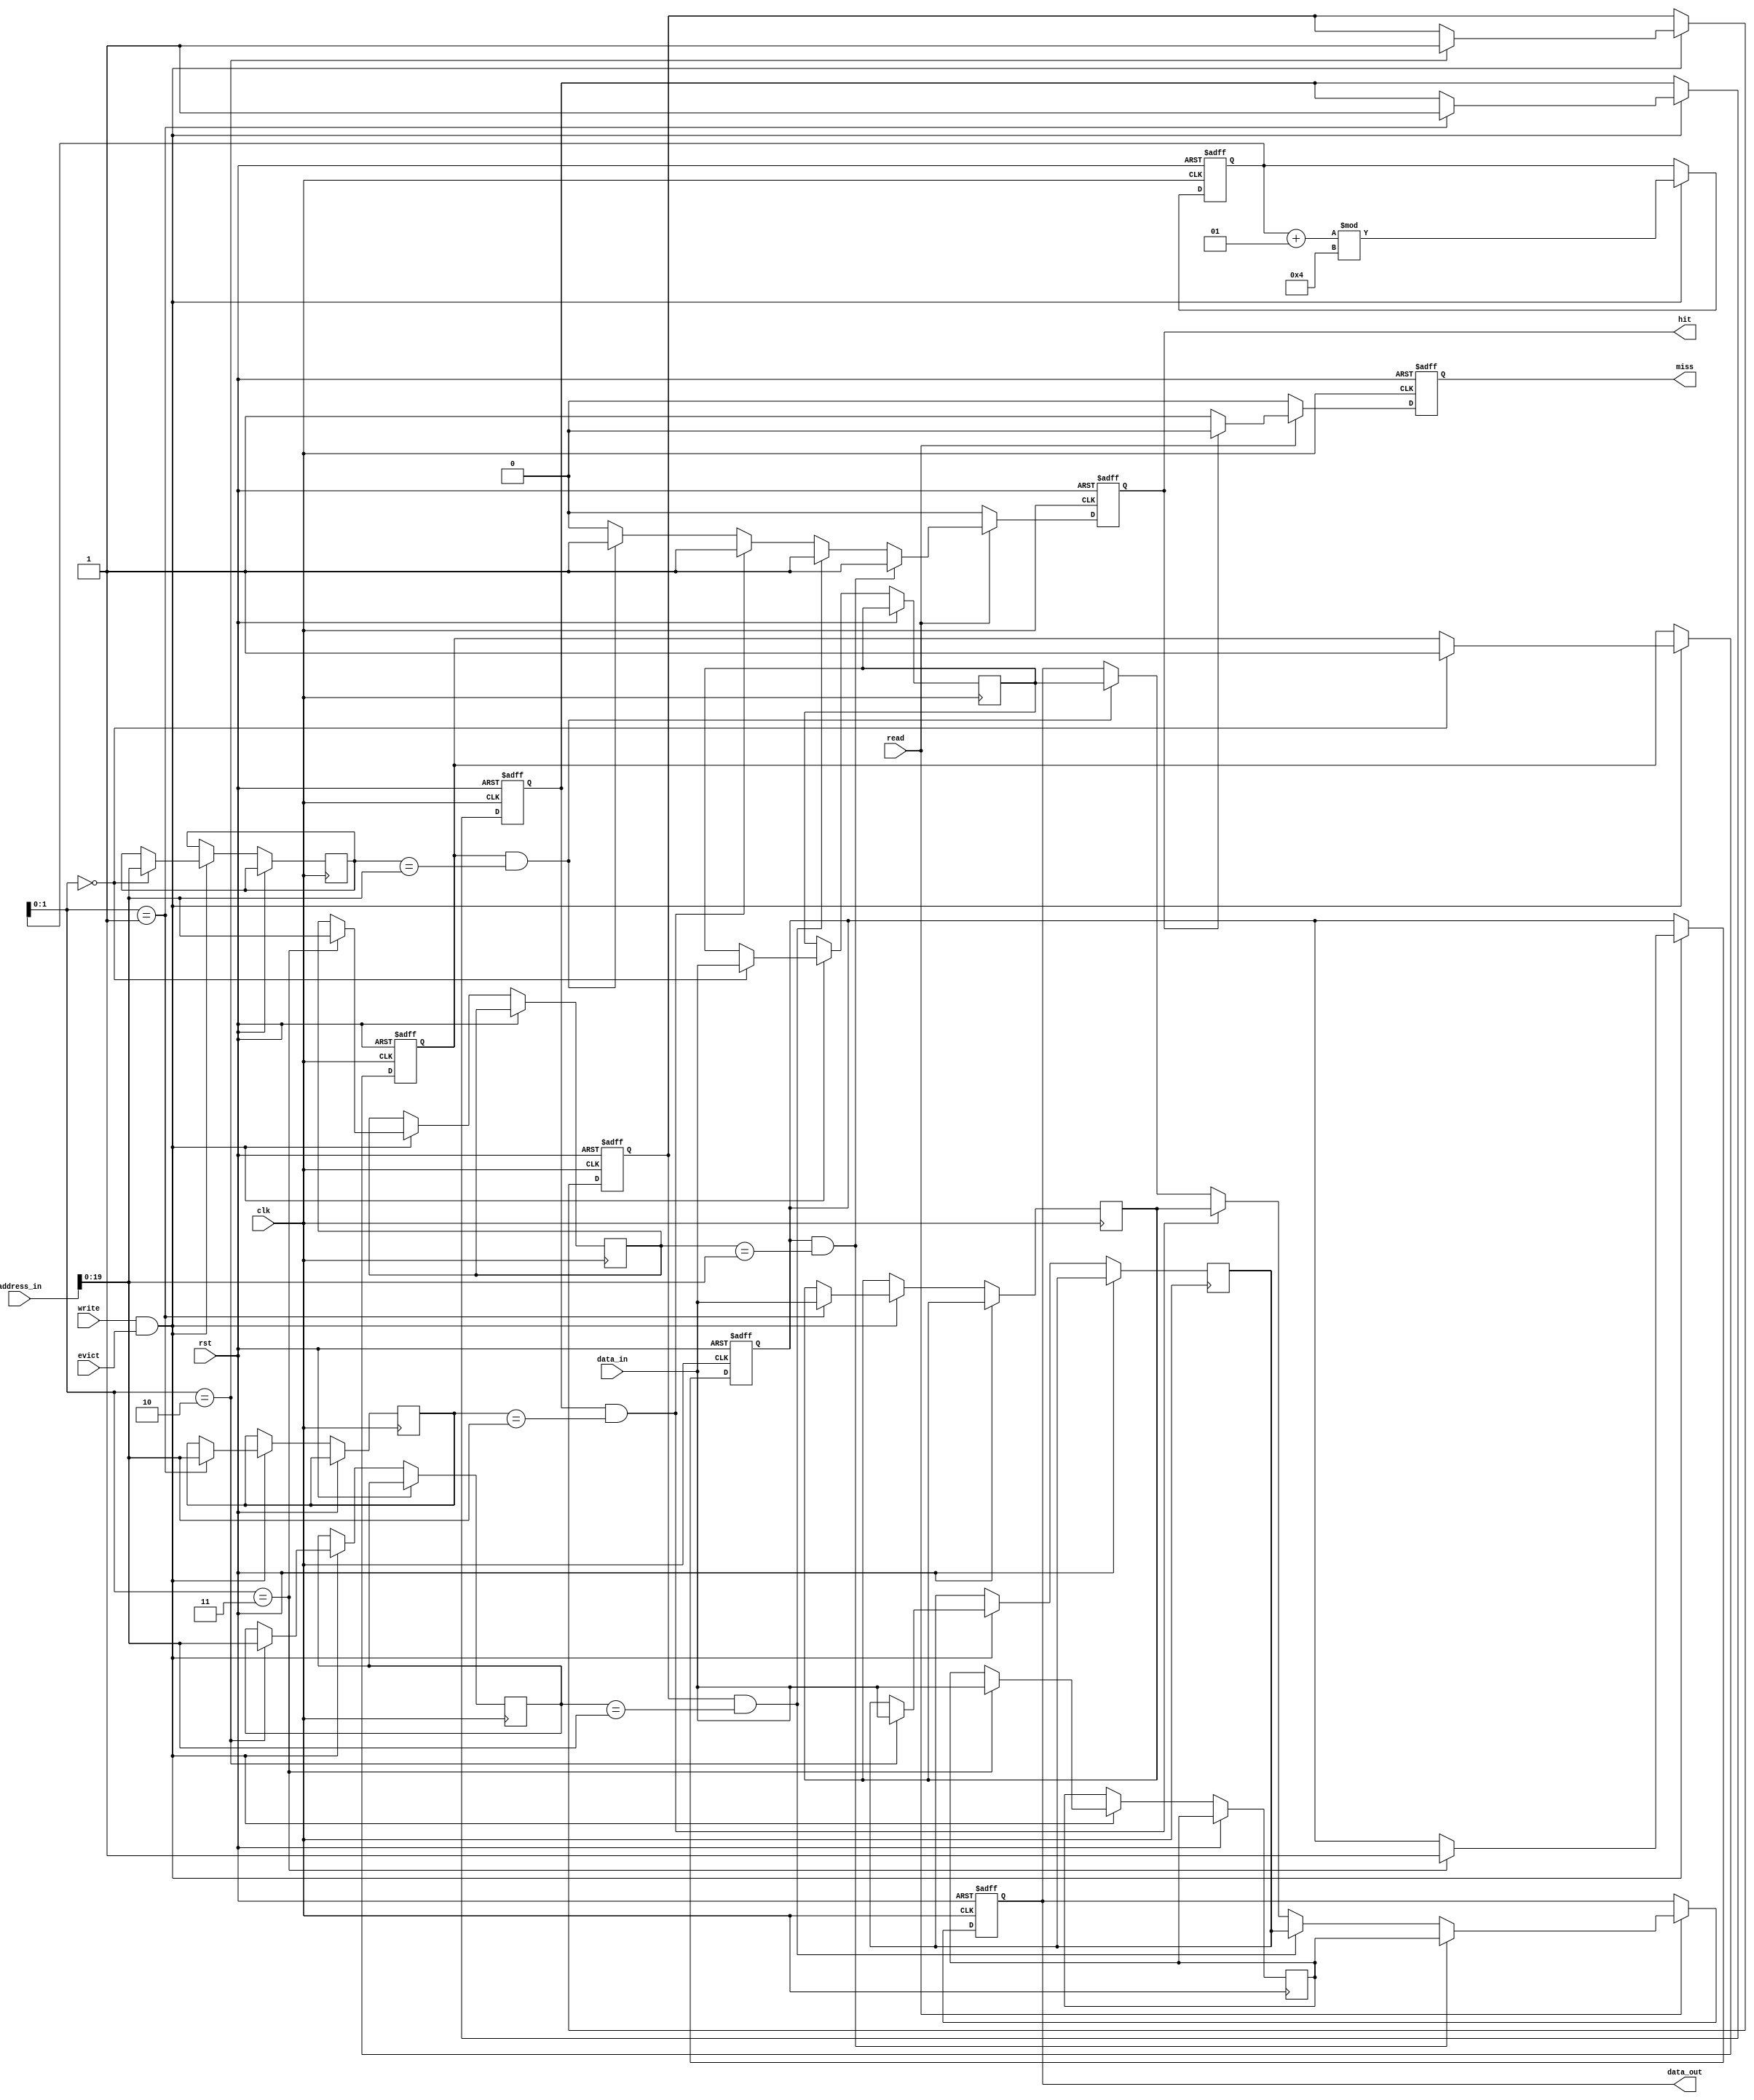
module victim_cache (
    input wire clk,
    input wire rst,
    input wire [31:0] address_in,   // Address input from CPU
    input wire [31:0] data_in,      // Data input during eviction
    input wire read,                // Read control signal
    input wire write,               // Write control signal
    input wire evict,               // Evict control signal
    output reg [31:0] data_out,     // Data output to CPU
    output reg hit,                 // Hit signal
    output reg miss                 // Miss signal
);
    // Parameters
    parameter CACHE_SIZE = 4;      // Number of entries in the victim cache
    parameter TAG_WIDTH = 20;       // Width of the tag field
    parameter DATA_WIDTH = 32;      // Width of the data field

    // Cache Entry Structure
    reg [TAG_WIDTH-1:0] tag [0:CACHE_SIZE-1]; // Tag array
    reg [DATA_WIDTH-1:0] data [0:CACHE_SIZE-1]; // Data array
    reg valid [0:CACHE_SIZE-1];    // Valid bits
    reg dirty [0:CACHE_SIZE-1];    // Dirty bits (optional)

    // Replacement policy (simple FIFO for this example)
    integer head = 0;               // Pointer for FIFO replacement

    // Initialize cache entries
    integer i;
    always @(posedge clk or posedge rst) begin
        if (rst) begin
            for (i = 0; i < CACHE_SIZE; i = i + 1) begin
                valid[i] <= 0;
                dirty[i] <= 0;
            end
            head <= 0;
            hit <= 0;
            miss <= 0;
            data_out <= 0;
        end else begin
            hit <= 0;
            miss <= 0;

            // Read operation
            if (read) begin
                for (i = 0; i < CACHE_SIZE; i = i + 1) begin
                    if (valid[i] && (tag[i] == address_in[TAG_WIDTH-1:0])) begin
                        data_out <= data[i];
                        hit <= 1;
                        miss <= 0;
                    end
                end
                if (!hit) begin
                    miss <= 1;
                end
            end

            // Write operation (eviction)
            if (write && evict) begin
                if (valid[head]) begin
                    // Optional: Write back to main memory if dirty
                    if (dirty[head]) begin
                        // Write back logic here (not implemented)
                    end
                end
                // Evict the entry
                tag[head] <= address_in[TAG_WIDTH-1:0];
                data[head] <= data_in;
                valid[head] <= 1;
                dirty[head] <= 0; // Set dirty as needed
                head <= (head + 1) % CACHE_SIZE; // Move to the next entry
            end
        end
    end
endmodule